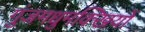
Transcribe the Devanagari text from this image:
गुंजमधुमक्खियों